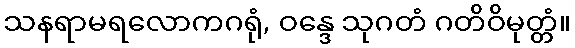
သနရာမရလောကဂရုံ, ဝန္ဒေ သုဂတံ ဂတိဝိမုတ္တံ။